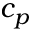
c _ { p }